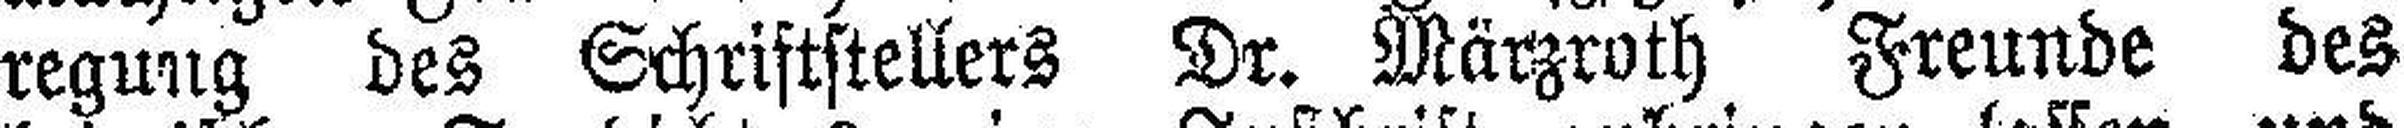
regung des Schriftstellers Dr. Märzroth Freunde des